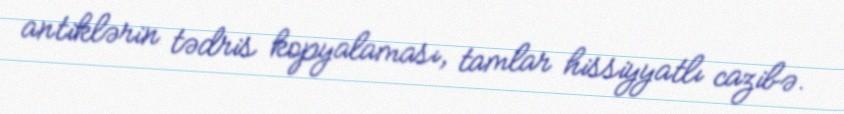
antiklərin tədris kopyalaması, tamlar hissiyyatlı cazibə.